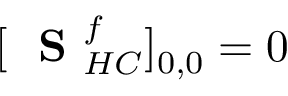
[ \mathrm { ~ \bf ~ S ~ } _ { H C } ^ { f } ] _ { 0 , 0 } = 0